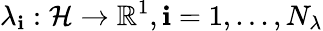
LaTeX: \lambda_{\mathbf{i}}:\mathcal{{H}}\rightarrow\mathbb{{R}}^{1},\mathbf{i}=1,...,N_{\lambda}